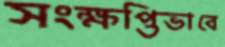
সংক্ষপ্তিভাবে